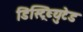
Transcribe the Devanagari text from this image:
डिस्ट्रिब्युटेड